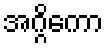
အဂ္ဂိကော